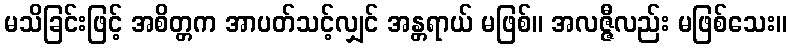
မသိခြင်းဖြင့် အစိတ္တက အာပတ်သင့်လျှင် အန္တရာယ် မဖြစ်။ အလဇ္ဇီလည်း မဖြစ်သေး။